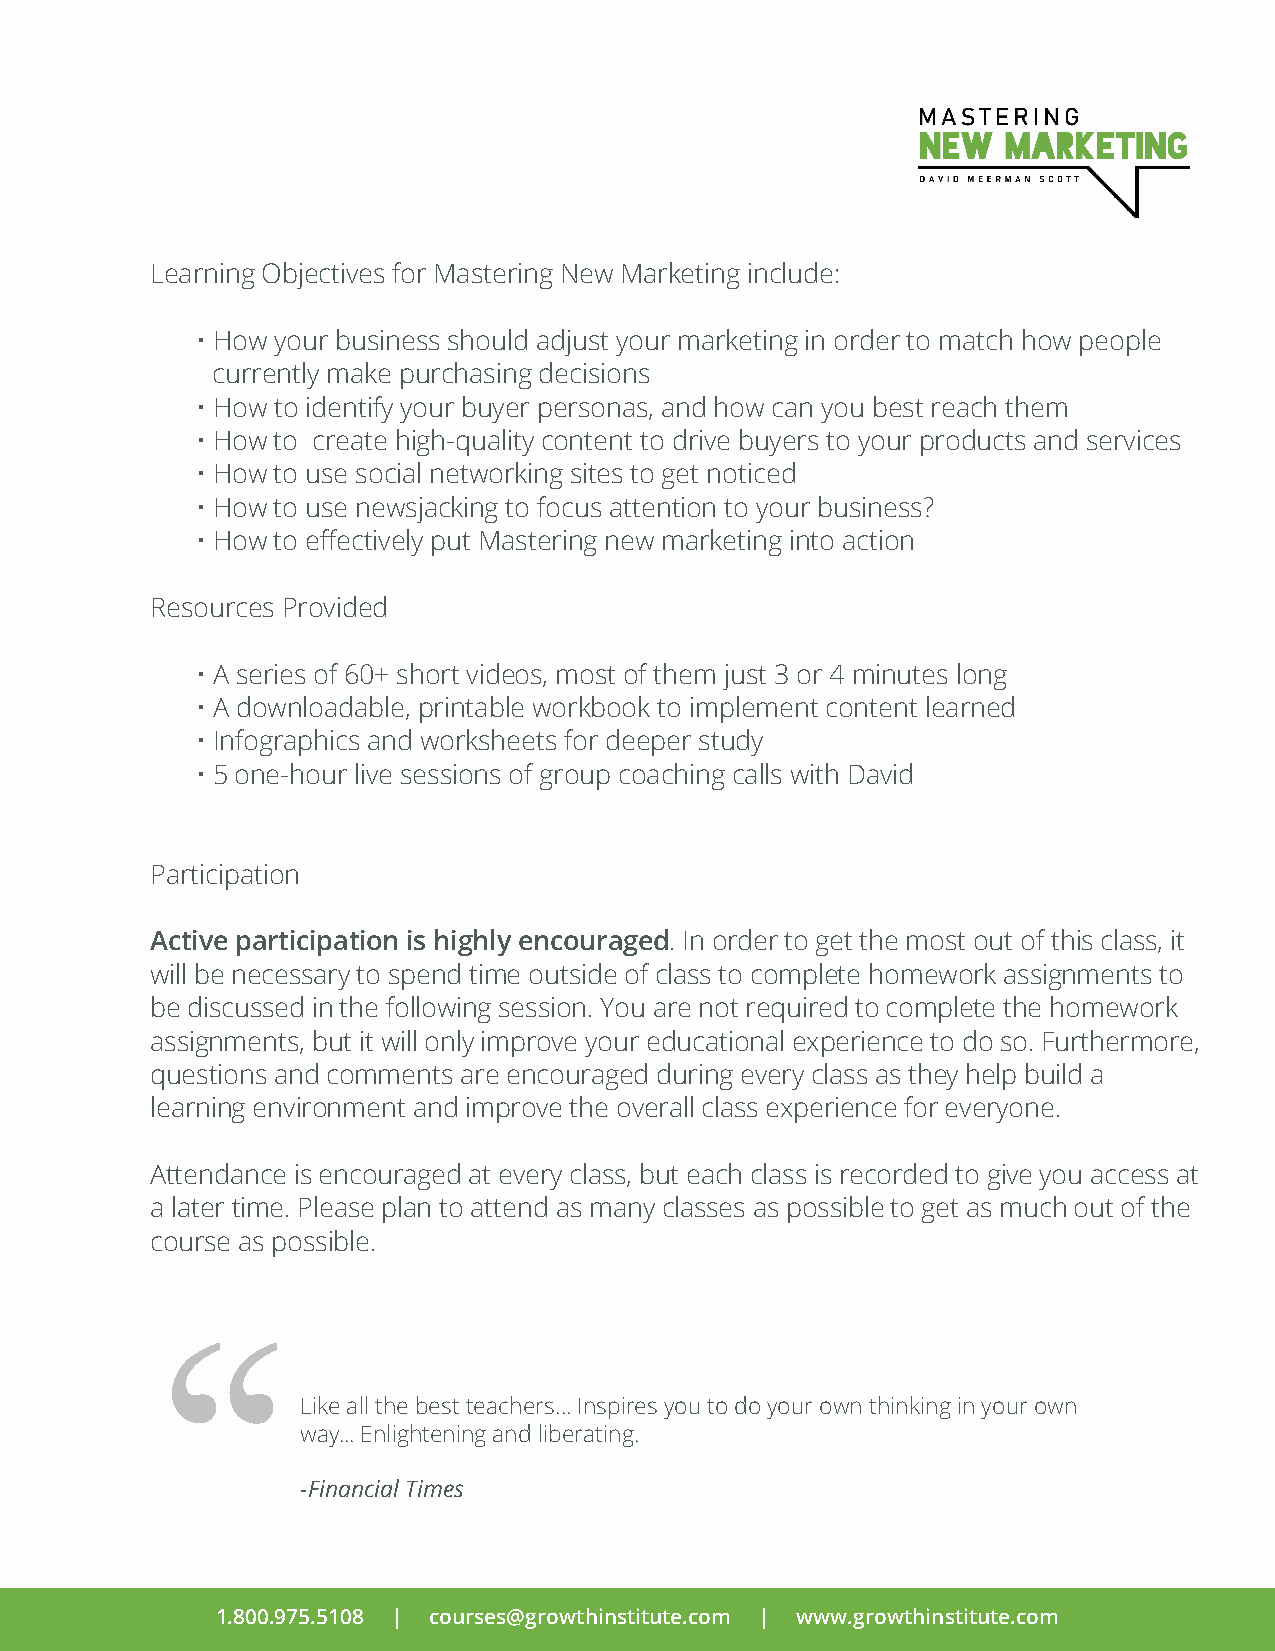
Learning Objectives for Mastering New Marketing include:
 • How your business should adjust your marketing in order to match how people
 currently make purchasing decisions
 • How to identify your buyer personas, and how can you best reach them
 • How to create high-quality content to drive buyers to your products and services
 • How to use social networking sites to get noticed
 • How to use newsjacking to focus attention to your business?
 • How to effectively put Mastering new marketing into action
 Resources Provided
 • A series of 60+ short videos, most of them just 3 or 4 minutes long
 • A downloadable, printable workbook to implement content learned
 • Infographics and worksheets for deeper study
 • 5 one-hour live sessions of group coaching calls with David
 Participation
 Active participation is highly encouraged. In order to get the most out of this class, it
 will be necessary to spend time outside of class to complete homework assignments to
 be discussed in the following session. You are not required to complete the homework
 assignments, but it will only improve your educational experience to do so. Furthermore,
 questions and comments are encouraged during every class as they help build a
 learning environment and improve the overall class experience for everyone.
 Attendance is encouraged at every class, but each class is recorded to give you access at
 a later time. Please plan to attend as many classes as possible to get as much out of the
 course as possible.
 Like all the best teachers... Inspires you to do your own thinking in your own
 way... Enlightening and liberating.
 -Financial Times
 1.800.975.5108 | courses@growthinstitute.com | www.growthinstitute.com